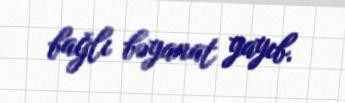
bağlı bəyanat yayıb.